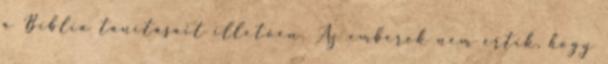
a Biblia tanításait illetően. Az emberek nem értik, hogy